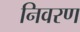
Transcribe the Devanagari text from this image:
निवरण